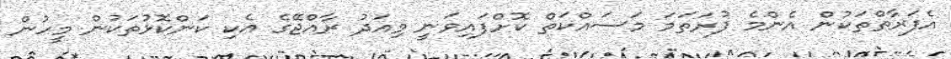
އެފަރާތްތަކުން އެންމެ ފުރަތަމަ މަސައްކަތް ކޮށްފައިވަނީ މިއަދު ރާއްޖޭގެ އެކި ކަންކޮޅުތަކުން މީހުން